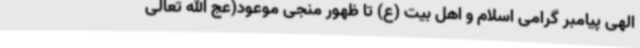
الهی پیامبر گرامی اسلام و اهل بیت (ع) تا ظهور منجی موعود(عج الله تعالی